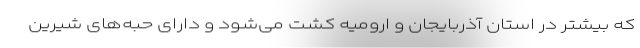
که بیشتر در استان آذربایجان و ارومیه کشت می‌شود و دارای حبه‌های شیرین